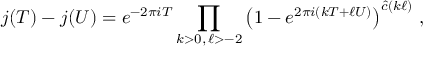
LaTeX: j ( T ) - j ( U ) = e ^ { - 2 \pi i T } \prod _ { k > 0 , \, \ell > - 2 } \left( 1 - e ^ { 2 \pi i ( k T + \ell U ) } \right) ^ { \hat { c } ( k \ell ) } \, ,